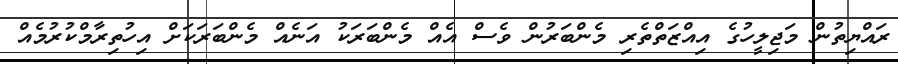
ރައްޔިތުން މަޖިލީހުގެ އިއްޒަތްތެރި މެންބަރުން ވެސް އެއް މެންބަރަކު އަނެއް މެންބަރަކަށް އިހުތިރާމްކުރުމެއް